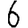
Digit: 6